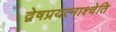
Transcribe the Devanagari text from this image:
द्वेषप्रयत्नाश्चेति